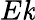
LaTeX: E\mathit{k}